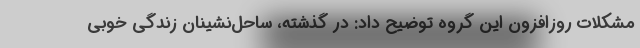
مشکلات روزافزون این گروه توضیح داد: در گذشته، ساحل‌نشینان زندگی خوبی